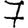
Digit: 7